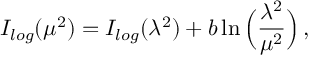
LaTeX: I _ { l o g } ( \mu ^ { 2 } ) = I _ { l o g } ( \lambda ^ { 2 } ) + b \ln \Big ( \frac { \lambda ^ { 2 } } { \mu ^ { 2 } } \Big ) \, ,